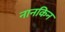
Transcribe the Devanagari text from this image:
नानकिन